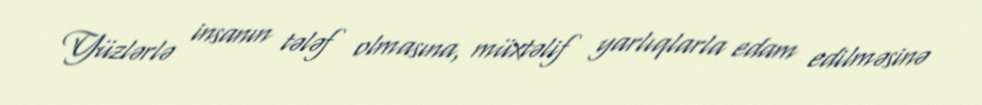
Yüzlərlə insanın tələf olmasına, müxtəlif yarlıqlarla edam edilməsinə